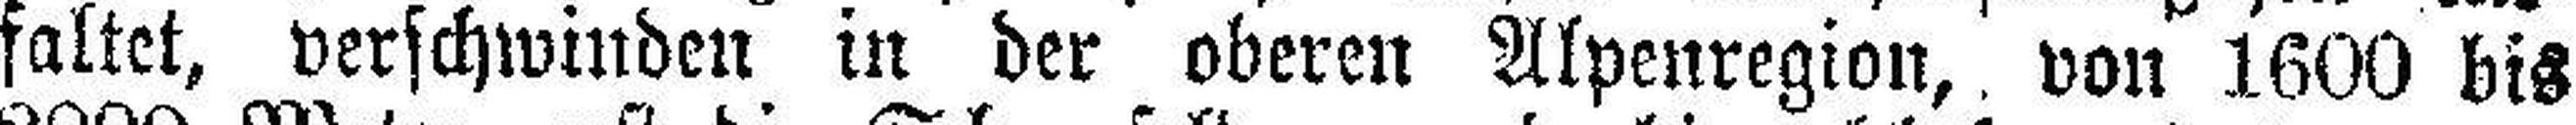
faltet, verschwinden in der oberen Alpenregion, von 1600 bis